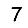
Digit: 7